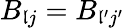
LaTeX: B_{\mathfrak{l}j}=B_{\mathfrak{l}{'}j{'}}